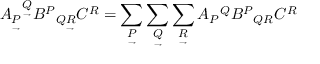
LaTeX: A _ { \underset { \rightharpoondown } { P } } { } ^ { \underset { \rightharpoondown } { Q } } B ^ { P } { } _ { Q { \underset { \rightharpoondown } { R } } } C ^ { R } = \sum _ { \underset { \rightharpoondown } { P } } \sum _ { \underset { \rightharpoondown } { Q } } \sum _ { \underset { \rightharpoondown } { R } } A _ { P } { } ^ { Q } B ^ { P } { } _ { Q R } C ^ { R }